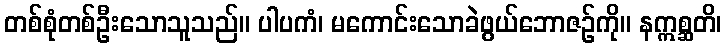
တစ်စုံတစ်ဦးသောသူသည်။ ပါပကံ၊ မကောင်းသောခဲဖွယ်ဘောဇဉ်ကို။ နဣစ္ဆတိ၊